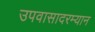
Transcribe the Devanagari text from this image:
उपवासादरम्यान